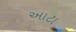
આટા